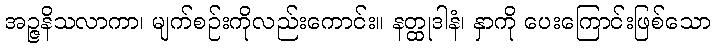
အဉ္ဇနိသလာကာ၊ မျက်စဉ်းကိုလည်းကောင်း။ နတ္ထုဒါနံ၊ နှာကို ပေးကြောင်းဖြစ်သော